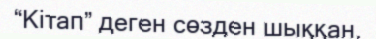
“Кітап” деген сөзден шыққан.